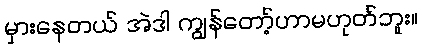
မှားနေတယ် အဲဒါ ကျွန်တော့်ဟာမဟုတ်ဘူး။